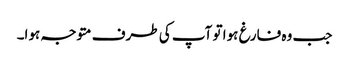
جب وہ فارغ ہوا تو آپ کی طرف متوجہ ہوا۔